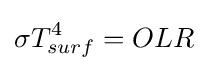
\sigma T_{surf}^{4}=OLR